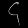
Digit: ၄